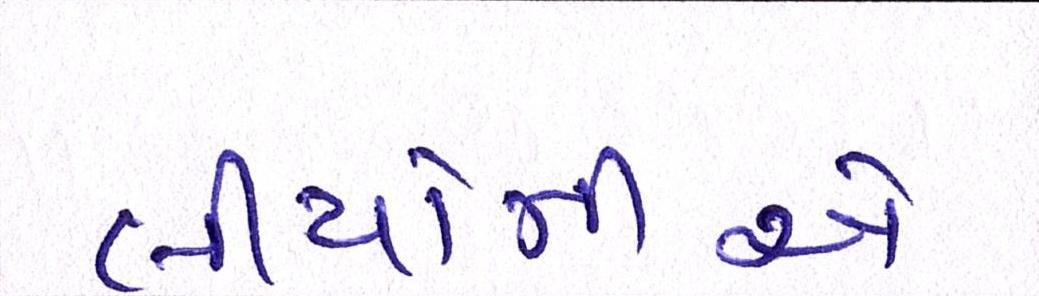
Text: લીયોનીએ